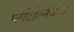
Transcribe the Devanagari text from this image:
प्लैटिहेल्मेंथीज